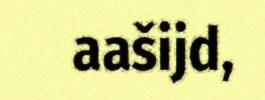
aašijd,